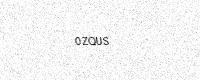
Text: 0ZQUS